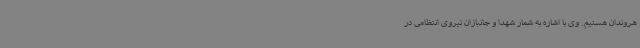
هروندان هستیم. وی با اشاره به شمار شهدا و جانبازان نیروی انتظامی در